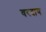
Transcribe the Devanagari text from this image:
वरदाय